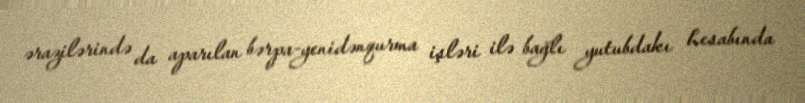
ərazilərində da aparılan bərpa-yenidənqurma işləri ilə bağlı yutubdakı hesabında